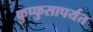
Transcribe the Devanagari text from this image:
फुप्फुसापर्यंत